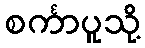
စင်္ကာပူသို့